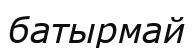
батырмай